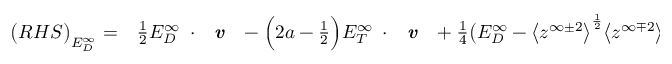
\begin{array} { r l } { \big ( R H S \big ) _ { E _ { D } ^ { \infty } } = } & { { } \frac { 1 } { 2 } E _ { D } ^ { \infty } \mathbf { \nabla } \cdot \textbf { \emph { v } } - \Big ( 2 a - \frac { 1 } { 2 } \Big ) E _ { T } ^ { \infty } \mathbf { \nabla } \cdot \textbf { \emph { v } } + \frac { 1 } { 4 } \big ( E _ { D } ^ { \infty } - \big < z ^ { \infty \pm 2 } \big > ^ { \frac { 1 } { 2 } } \big < z ^ { \infty \mp 2 } \big > ^ { \frac { 1 } { 2 } } \big ) \big ( \big < z ^ { \infty + 2 } \big > ^ { \frac { 1 } { 2 } } + \big < z ^ { \infty - 2 } \big > ^ { \frac { 1 } { 2 } } \big ) \frac { 1 } { \rho } \textbf { \emph { \^ n } } \cdot \mathbf { \nabla } \rho } \end{array}